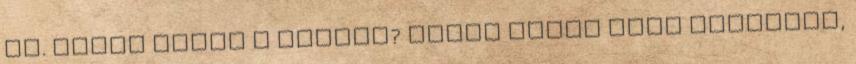
is. Miért éppen a festés? Talán azért mert énekelni,